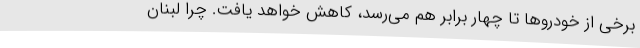
برخی از خودروها تا چهار برابر هم می‌رسد، کاهش خواهد یافت. چرا لبنان